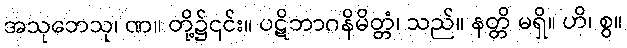
အသုဘေသု၊ ဏ။ တို့၌၎င်း။ ပဋိဘာဂနိမိတ္တံ၊ သည်။ နတ္တိ မရှိ။ ဟိ၊ စွ။